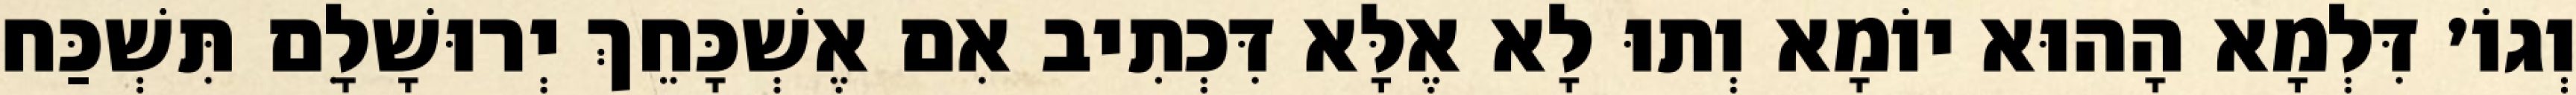
וְגוֹ׳ דִּלְמָא הָהוּא יוֹמָא וְתוּ לָא אֶלָּא דִּכְתִיב אִם אֶשְׁכָּחֵךְ יְרוּשָׁלִָם תִּשְׁכַּח